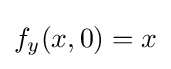
f_{y}(x,0)=x